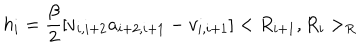
h _ { i } = \frac { \beta } { 2 } [ v _ { i , i + 2 } a _ { i + 2 , i + 1 } - v _ { i , i + 1 } ] < R _ { i + 1 } , R _ { i } > _ { R }